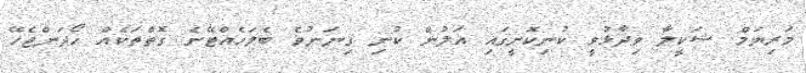
މަރިޔަމް ޝަކީލާ ވިދާޅުވީ ކުނިކޮށީގައި އަލުން ކުނި ގިނަނުވެ ބެލަހެއްޓޭނެ ގޮތްތަކެއް ހޯދަންޖެހޭ